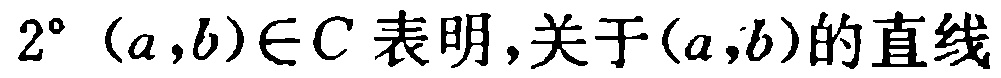
$2^{\circ}\ (a,b)\in C\ 表明,关于(a,b)的直线$